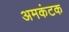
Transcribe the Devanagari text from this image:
अमकंटक